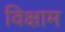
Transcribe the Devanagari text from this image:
विक्षाम